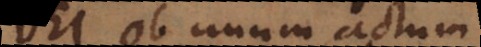
Dei ob unum actum